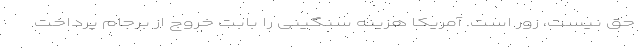
حق نیست، زور است. آمریکا هزینه سنگینی را بابت خروج از برجام پرداخت